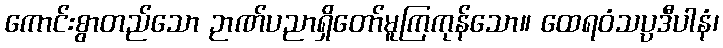
ကောင်းစွာတည်သော ဉာဏ်ပညာရှိတော်မူကြကုန်သော။ ထေရဝံသပ္ပဒီပါနံ၊